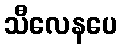
သီလေနပေ